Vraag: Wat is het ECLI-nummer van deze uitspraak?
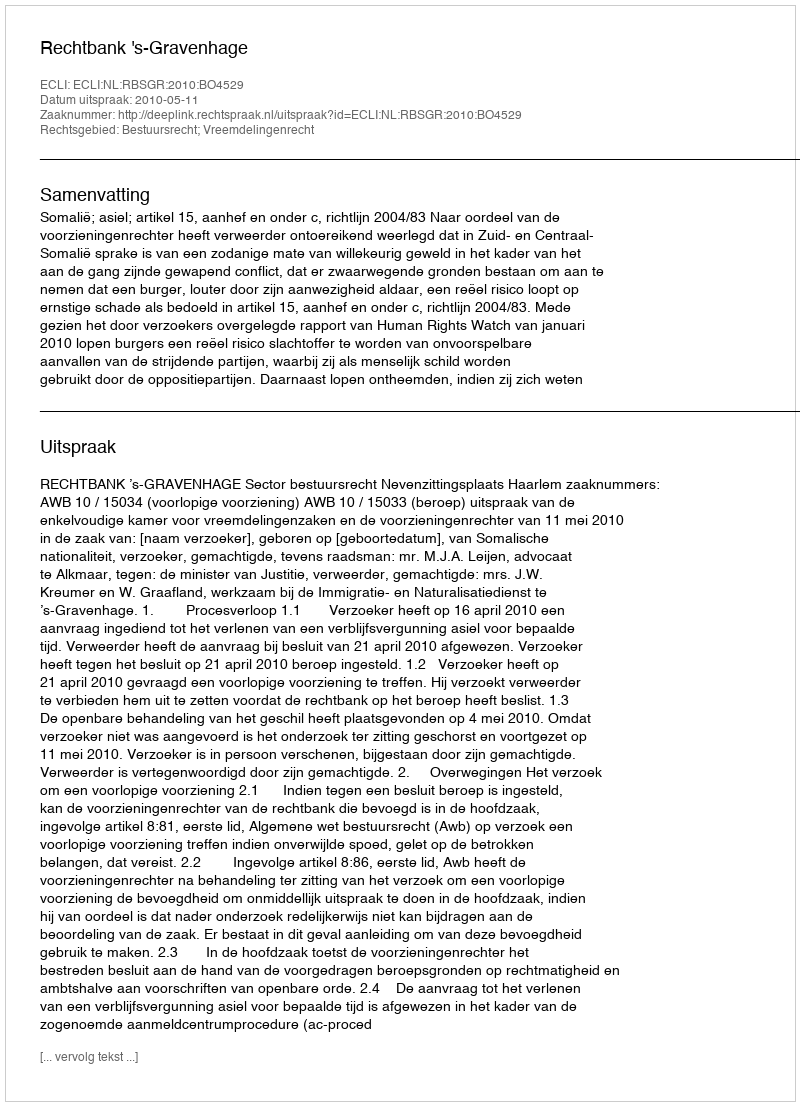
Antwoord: ECLI:NL:RBSGR:2010:BO4529